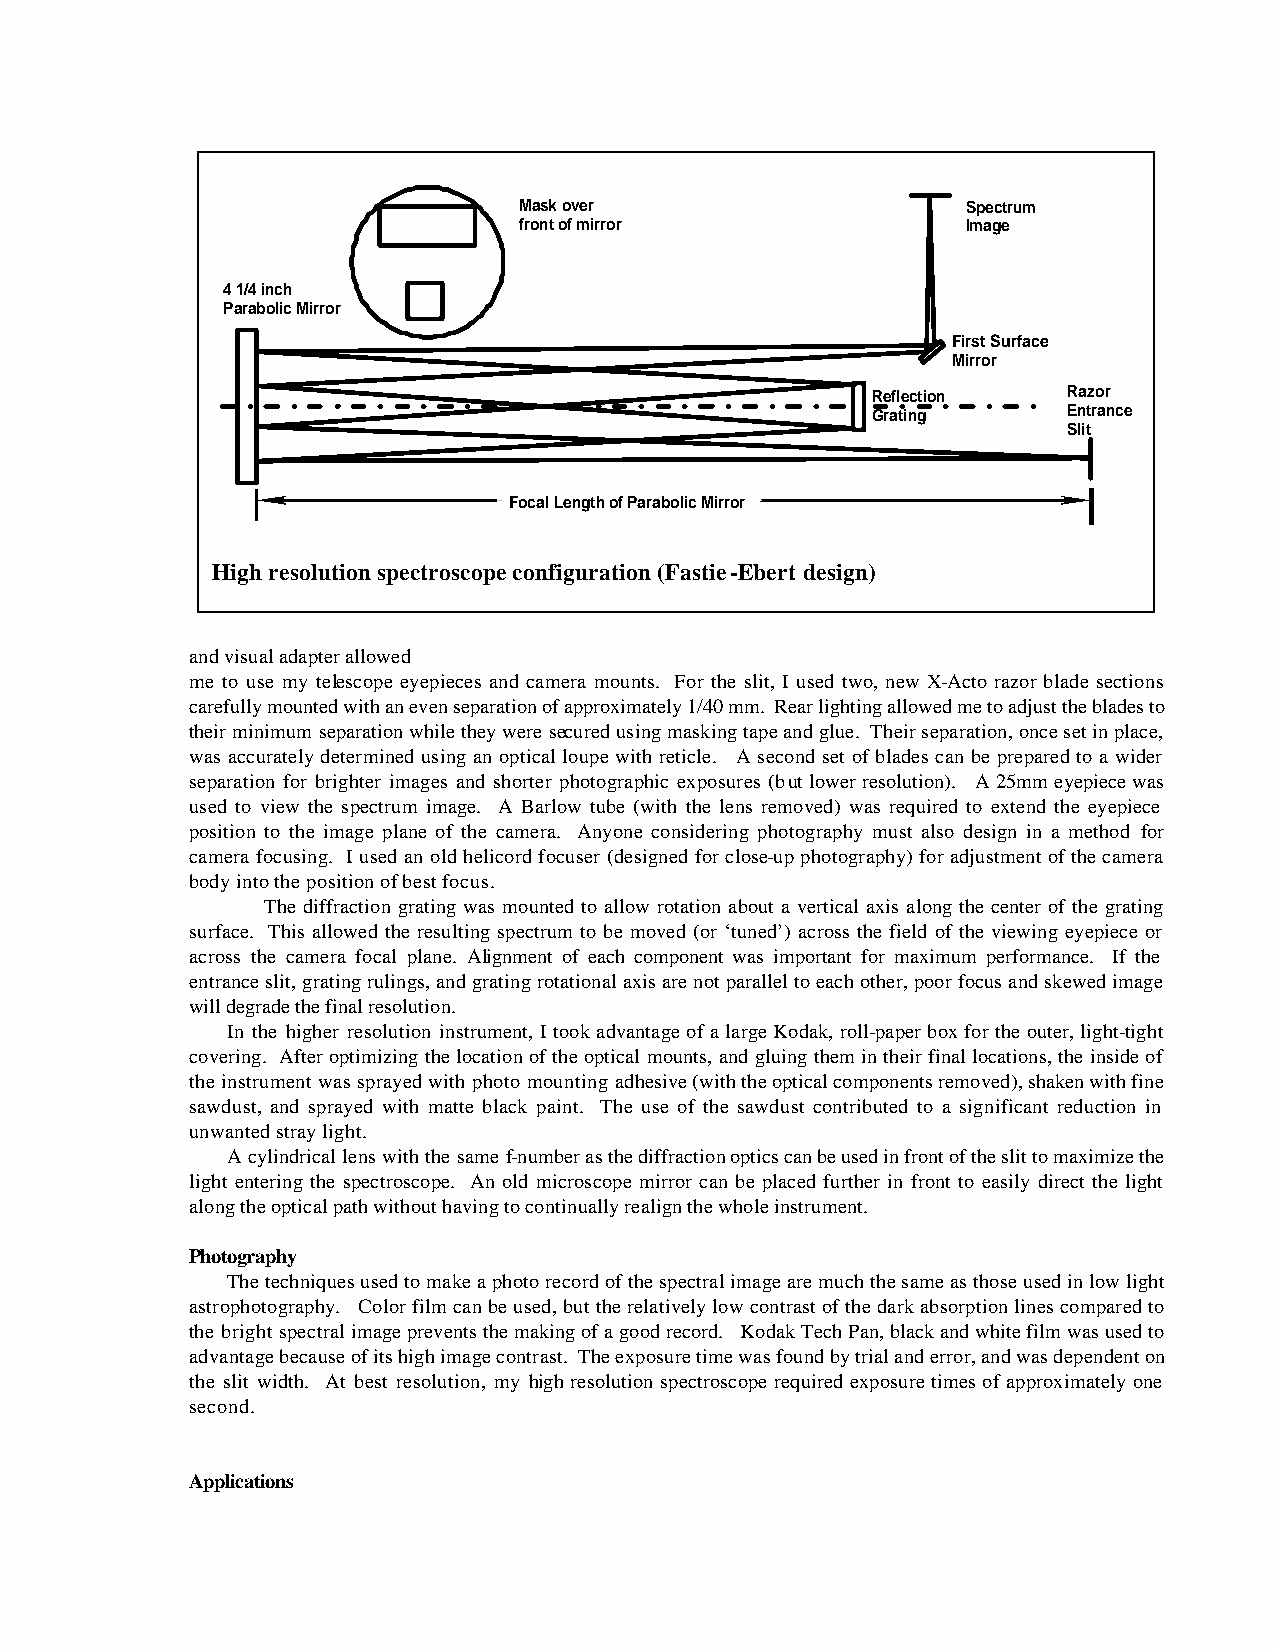
Mask over                     Spectrum
 front of mirror               Image
 4 1/4 inch
 Parabolic Mirror
 First Surface
 Mirror
 Reflection   Razor
 Grating      Entrance
 Slit
 Focal Length of Parabolic Mirror
 High resolution spectroscope configuration (Fastie-Ebert design)
 and visual adapter allowed
 me to use my telescope eyepieces and camera mounts. For the slit, I used two, new X-Acto razor blade sections
 carefully mounted with an even separation of approximately 1/40 mm. Rear lighting allowed me to adjust the blades to
 their minimum separation while they were secured using masking tape and glue. Their separation, once set in place,
 was accurately determined using an optical loupe with reticle. A second set of blades can be prepared to a wider
 separation for brighter images and shorter photographic exposures (but lower resolution). A 25mm eyepiece was
 used to view the spectrum image. A Barlow tube (with the lens removed) was required to extend the eyepiece
 position to the image plane of the camera. Anyone considering photography must also design in a method for
 camera focusing. I used an old helicord focuser (designed for close-up photography) for adjustment of the camera
 body into the position of best focus.
 The diffraction grating was mounted to allow rotation about a vertical axis along the center of the grating
 surface. This allowed the resulting spectrum to be moved (or ‘tuned’) across the field of the viewing eyepiece or
 across the camera focal plane. Alignment of each component was important for maximum performance. If the
 entrance slit, grating rulings, and grating rotational axis are not parallel to each other, poor focus and skewed image
 will degrade the final resolution.
 In the higher resolution instrument, I took advantage of a large Kodak, roll-paper box for the outer, light-tight
 covering. After optimizing the location of the optical mounts, and gluing them in their final locations, the inside of
 the instrument was sprayed with photo mounting adhesive (with the optical components removed), shaken with fine
 sawdust, and sprayed with matte black paint. The use of the sawdust contributed to a significant reduction in
 unwanted stray light.
 A cylindrical lens with the same f-number as the diffraction optics can be used in front of the slit to maximize the
 light entering the spectroscope. An old microscope mirror can be placed further in front to easily direct the light
 along the optical path without having to continually realign the whole instrument.
 Photography
 The techniques used to make a photo record of the spectral image are much the same as those used in low light
 astrophotography. Color film can be used, but the relatively low contrast of the dark absorption lines compared to
 the bright spectral image prevents the making of a good record. Kodak Tech Pan, black and white film was used to
 advantage because of its high image contrast. The exposure time was found by trial and error, and was dependent on
 the slit width. At best resolution, my high resolution spectroscope required exposure times of approximately one
 second.
 Applications